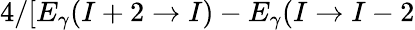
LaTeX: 4/[E_{\gamma}(I+2\rightarrow I)-E_{\gamma}(I\rightarrow I-2